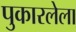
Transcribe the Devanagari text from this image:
पुकारलेला